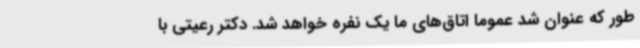
طور که عنوان شد عموما اتاق‌های ما یک نفره خواهد شد. دکتر رعیتی با